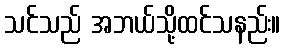
သင်သည် အဘယ်သို့ထင်သနည်း။